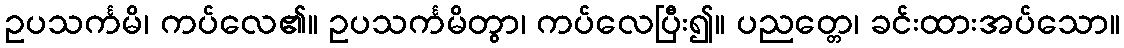
ဥပသင်္ကမိ၊ ကပ်လေ၏။ ဥပသင်္ကမိတွာ၊ ကပ်လေပြီး၍။ ပညတ္တေ၊ ခင်းထားအပ်သော။